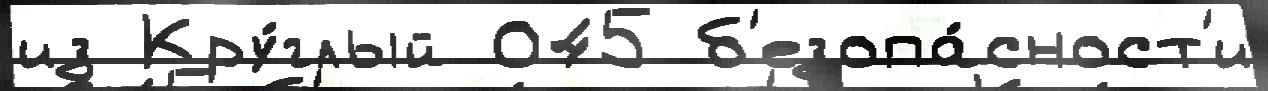
из Кру́глый 045 б'езопа́сност'и